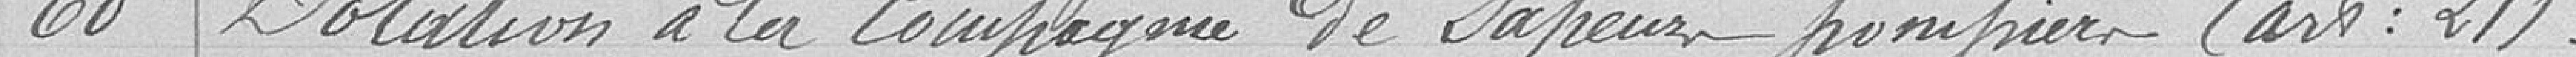
60 Dotation à la Compagnie de Sapeurs pompiers (art : 21)